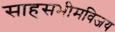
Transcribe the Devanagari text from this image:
साहसभीमविजय